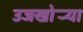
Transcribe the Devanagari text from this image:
उजखोर्‍या